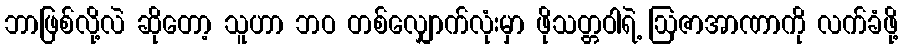
ဘာဖြစ်လို့လဲ ဆိုတော့ သူဟာ ဘဝ တစ်လျှောက်လုံးမှာ ဖိုသတ္တဝါရဲ့ ဩဇာအာဏာကို လက်ခံဖို့